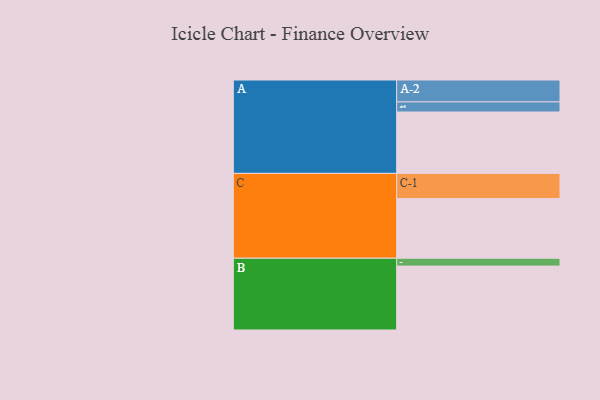
{"axis": {"x": "Segment", "y": "Value"}, "legend": ["", "A", "B", "C"], "data": [{"x": "A", "y": 539, "type": ""}, {"x": "B", "y": 561, "type": ""}, {"x": "C", "y": 524, "type": ""}, {"x": "A-1", "y": 89, "type": "A"}, {"x": "A-2", "y": 192, "type": "A"}, {"x": "B-1", "y": 69, "type": "B"}, {"x": "C-1", "y": 221, "type": "C"}]}